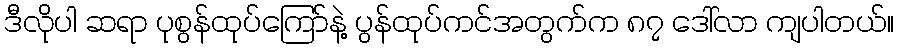
ဒီလိုပါ ဆရာ ပုစွန်ထုပ်ကြော်နဲ့ ပွန်ထုပ်ကင်အတွက်က ၈၇ ဒေါ်လာ ကျပါတယ်။